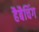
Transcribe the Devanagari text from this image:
हैबैचिंग